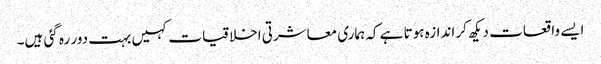
ایسے واقعات دیکھ کر اندازہ ہوتا ہے کہ ہماری معاشرتی اخلاقیات کہیں بہت دور رہ گئی ہیں۔